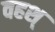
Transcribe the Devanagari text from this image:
वहश्